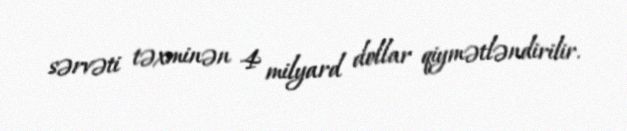
sərvəti təxminən 4 milyard dollar qiymətləndirilir.